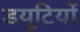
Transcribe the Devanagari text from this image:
डयूटियों